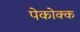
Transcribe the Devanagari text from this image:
पेकोक्क